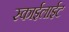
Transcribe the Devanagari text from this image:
स्काईलाईट